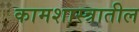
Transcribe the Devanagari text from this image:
कामशास्त्रातील